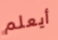
أيعلم